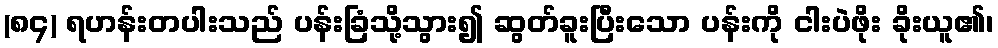
(၈၄) ရဟန်းတပါးသည် ပန်းခြံသို့သွား၍ ဆွတ်ခူးပြီးသော ပန်းကို ငါးပဲဖိုး ခိုးယူ၏၊